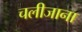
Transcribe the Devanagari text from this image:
चलीजाना